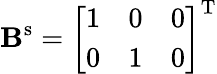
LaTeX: \mathbf{B}^{\mathrm{s}}=\left[\begin{array}{lll}{1}&{0}&{0}\\ {0}&{1}&{0}\end{array}\right]^{\mathrm{T}}